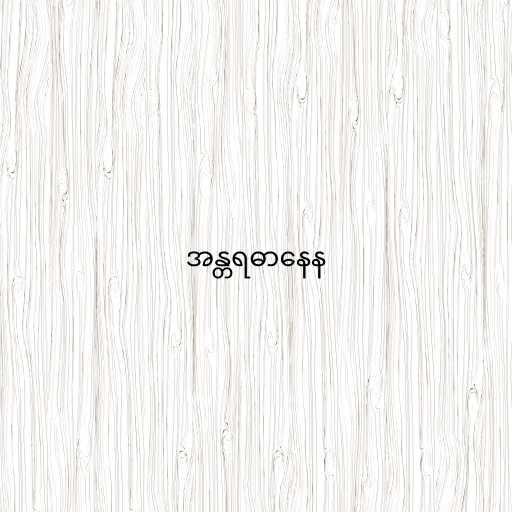
အန္တရဓာနေန